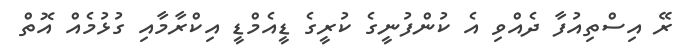
ރޭ އިސްތިއުފާ ދެއްވި އެ ކުންފުނީގެ ކުރީގެ ޑީއެމްޑީ އިކްރާމާއި ގުޅުމެއް އޮތް